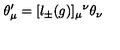
\theta _ { \mu } ^ { \prime } = [ l _ { \pm } ( g ) ] _ { \mu } { } ^ { \nu } \theta _ { \nu }